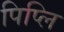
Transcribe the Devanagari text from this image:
पिप्लि